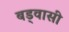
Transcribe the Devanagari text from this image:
बड्वासी